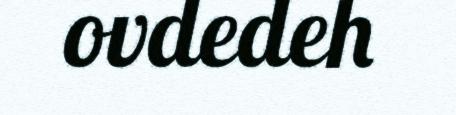
ovdedeh